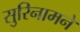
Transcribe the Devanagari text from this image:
सुरिनामने